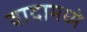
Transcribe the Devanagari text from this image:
वादामध्ये